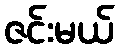
ဇင်းမယ်